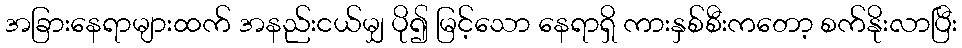
အခြားနေရာများထက် အနည်းငယ်မျှ ပို၍ မြင့်သော နေရာရှိ ကားနှစ်စီးကတော့ စက်နိုးလာပြီး